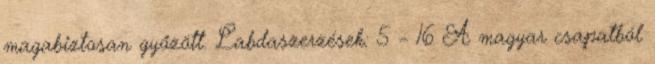
magabiztosan győzött. Labdaszerzések: 5 – 16 A magyar csapatból